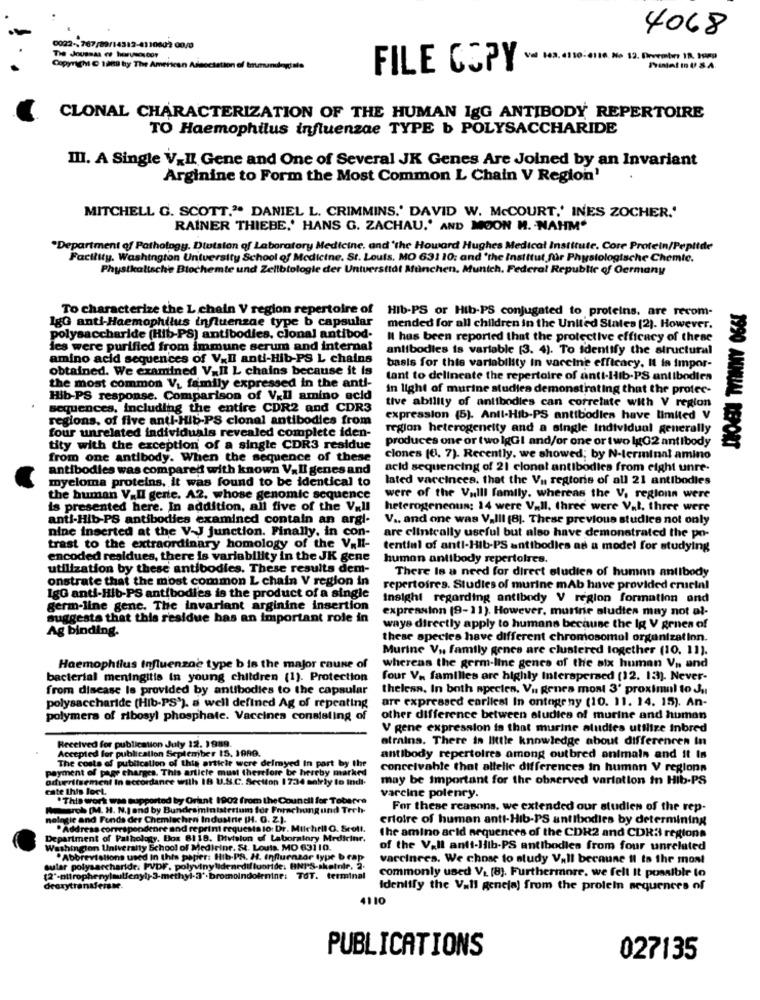
4068
0022 -, 767/89/14312-4110602 00/0
Copygh C 1a09 by The American Ad
ation of brie
FILE COPY - 63. 4110-14 46 12. Dowater JA WWW
CLONAL CHARACTERIZATION OF THE HUMAN IgG ANTIBODY REPERTOIRE
TO Haemophilus influenzae TYPE b POLYSACCHARIDE
III. A Single V_II Gene and One of Several JK Genes Are Joined by an Invariant
Arginine to Form the Most Common L Chain V Region'
MITCHELL G. SCOTT." DANIEL L. CRIMMINS.' DAVID W. McCOURT,' INES ZOCHER.'
RAINER THIEBE.' HANS G. ZACHAU.' AND MOON H. NAHM"
"Department of Pathology, Dtutsion of Laboratory Medicine, and 'the Howard Hughes Medical Institute. Core Protein/Peplide
Facility. Washington Untversity School of Medicine. St. Louis, MO 631 10; and 'the Institut für Physiologische Chemic.
Physikalische Biochemte und Zellbiologie der Untversttål München, Munich, Federal Republic of Germany
To characterize the L chain V region repertoire of
HIb-PS or Hib-PS conjugated to proteins, are recom-
1gG anti-Haemophilus influenzae type b capsular
mended for all children in the United States [2). However.
polysaccharide (Hib-PS) antibodies, clonal antibod-
Il has been reported that the protective efficacy of these
des were purified from immune serum and internal
antibodies is variable [3. 4). To identify the structural
amino acid sequences of V .. Il anti-Hib-PS L chains
obtained. We examined V,Il L chains because it is
basis for this variability in vaccine efficacy. It is impor-
tant to delineate the repertoire of anti-Hib-PS antibodies
the most common Vy family expressed in the anti-
in light of murine studies demonstrating that the protec-
Hib-PS response. Comparison of Vill amino acid
tive ability of antibodies can correlate with V region
sequences, Including the entire CDR2 and CDR3
regions, of five anti-Hib-PS clonal antibodies from
expression (5). Anti-Hib-PS antibodies have limited V
region heterogeneity and a single Individual generally
four unrelated individuals revealed complete iden-
produces one or two lgGl and/or one or two lgG2 antibody
tity with the exception of a single CDR3 residue
1990 ANNUAL REPORT
from one antibody. When the sequence of these
clones (6, 7). Recently, we showed; by N-terminal amino
antibodies was compared with known V.Il genes and
acid sequencing of 21 clonal antibodies from eight unre-
myeloma proteins, it was found to be identical to
lated vaccinees. that the Vn regtoris of all 21 antibodies
the human V.Il gente. A2. whose genomic sequence
were of the Vulll family. whereas the V. regionn were
is presented here. In addition, all five of the V_Il
heterogeneous: 14 were V.Il. three were Val. three were
anti-Hib-PS antibodies examined contain an argi-
V .. and one was V.III (8). These previous studies not only
nine inserted at the V-J junction. Finally, in con-
are clinically useful but also have demonstrated the po-
trast to the extraordinary homology of the V.Il-
tential of anti-Hib-PS antibodies as a model for studying
encoded residues, there is variability in the JK gene
human antibody repertoires.
utilization by these antibodies. These results dem-
There Is a need for direct studies of human antibody
onstrate that the most common L chain V region in
repertoires. Studies of murine mAb have provided crucial
IgG anti-Hib-PS antibodies is the product of a single
Insight regarding antibody V region formation and
germ-line gene. The invariant arginine insertion
expression (9-11). However, murine aludtes may not al-
suggests that this residue has an important role in
Ag binding.
ways directly apply to humans because the Ig V grnen of
these species have different chromosomol organization.
Murine V ., family gence are clustered together (10. 11).
Haemophilus Influenzae type b is the major cause of
whereas the germ-line gence of the six human V, and
bacterial meningitis in young children (1). Protection
four V. families are highly Interspersed (12. 13). Never-
from disease is provided by antibodies to the capsular
theless. In both species, Vu Renra most 3' proximal to Ju
are expressed earliest In ontogeny (10. 11. 14. 15). An-
polysaccharide (Hib-PS'). a well defined Ag of repeating
polymers of ribosyl phosphate. Vaccines consisting of
other difference between aludica of murine and human
V gene expression is that murine aludtes utilize inbred
strains. There is little knowledge about differencen in
Accepted for publication September 1S. 1989.
Received for publication July 12. 1989
The costs of publication of this article were delmyed In part by the
antibody repertoires among outbred animals and it Is
conceivable that allelie differences in human V regions
payment of page charges. This article must therefore be hereby marked
advertisement In accordance with 18 U.S.C. Section 1734 salrly to Indi-
may be important for the observed variation in Hib-PS
cate Ihis loct.
.This work was supported by Orient 1902 from the Council for Toberve
varcine polenry.
Momsrob [M. H. N.J and by Bundesministerium for Forschung und Tech-
For these reasons. we extended our studien of the rep-
nologie and Fonds der Chemischen Industrie (H. O. Z.).
erloire of human anti-Hib-PS antibodies by determining
.Address correspondence and repeint requests to: Dr. Mulchril Q. Scott.
Department of Pathology, Box 8118. Division of Laboratory Medicinr.
the amino acid sequences of the CDR2 and CDR: regions
Washington University School of Medicine. St. Louis, MO 63110.
of the V.Il anti-Hib-PS antibodies from four unrelated
.Abbreviations used In this paper: Hib-PR. H. Influenzar type b rap
vaccinees. We chose to study Vall becaune il to the most
sular polysaccharide. PVDF. polyvinylidenedifluoride. BNPS-sketnir. 2.
commonly used V_ [8). Furthermore, we fell It possible to
Identify the Vall genela) from the protein sequences of
4110
PUBLICATIONS
027135